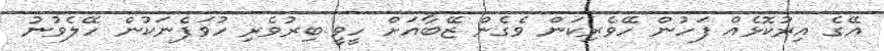
އޭގެ އިރުކޮޅެއް ފަހުން ހޭވެރިކަން ވެގެން ޒޭބާއަށް ހީވީ ބިރުވެރި ހުވަފެނަކުން ހޭލެވުނު